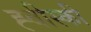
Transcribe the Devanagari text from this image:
ह्वीस्की